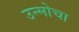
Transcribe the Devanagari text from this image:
उन्मोचा